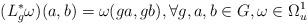
LaTeX: \begin{align*}(L_g^\ast\omega)(a,b)=\omega(ga,gb), \forall g, a, b\in G, \omega\in\Omega^1_u\end{align*}